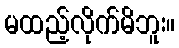
မထည့်လိုက်မိဘူး။